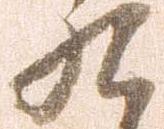
九